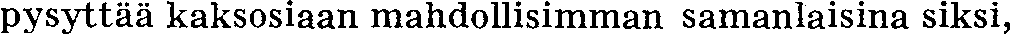
pysyttää kaksosiaan mahdollisimman samanlaisina siksi,